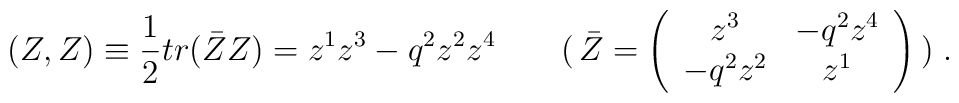
(Z,Z) \equiv  \frac{1}{2} tr( \bar{Z}Z)= z^1z^3-q^2z^2z^4 \qquad( \, \bar{Z}= \left( \begin{array}{cc}                  z^3 & -q^2 z^4 \\                 -q^2 z^2 & z^1                \end{array} \right) \,) \;.